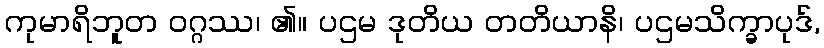
ကုမာရိဘူတ ဝဂ္ဂဿ၊ ၏။ ပဌမ ဒုတိယ တတိယာနိ၊ ပဌမသိက္ခာပုဒ်,